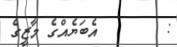
:        އެބަޔެއްގެ މާޒީގެ